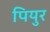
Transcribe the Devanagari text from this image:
पियुर